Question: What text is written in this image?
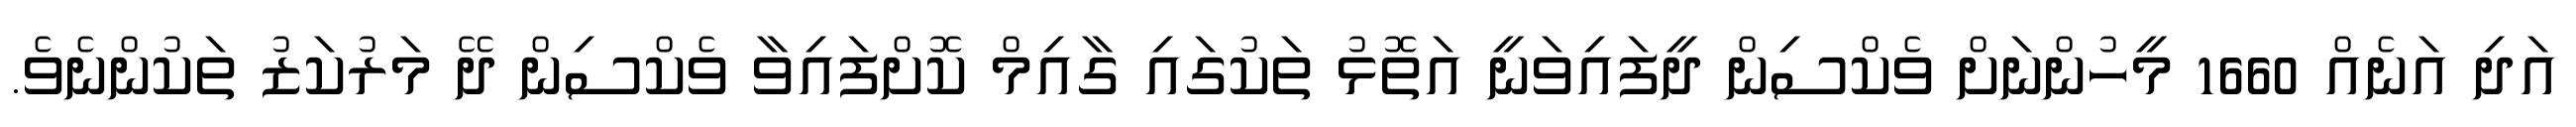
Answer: އަދި އަނެއް 1660 މީހުންނަށް ވެކްސިން ދީފައިވަނީ އަތޮޅު ތަކުގައި ގާއިމް ކޮށްފައިވާ ވެކްސިން ދޭ މަރުކަޒު ތަކުންނެވެ.